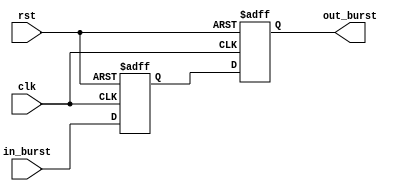
module burst_synchronizer (
    input wire clk,           // Clock signal
    input wire rst,           // Reset signal
    input wire [7:0] in_burst, // Input burst data
    output reg [7:0] out_burst // Output burst data
);

reg [7:0] buffer;

always @(posedge clk or posedge rst) begin
    if (rst) begin
        buffer <= 8'b0;
        out_burst <= 8'b0;
    end else begin
        buffer <= in_burst;
        
        // Insert control logic here to adjust timing of input bursts as needed
        
        out_burst <= buffer;
    end
end

endmodule